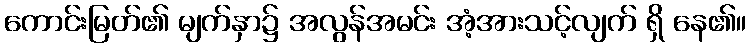
ကောင်းမြတ်၏ မျက်နှာ၌ အလွန်အမင်း အံ့အားသင့်လျက် ရှိ နေ၏။